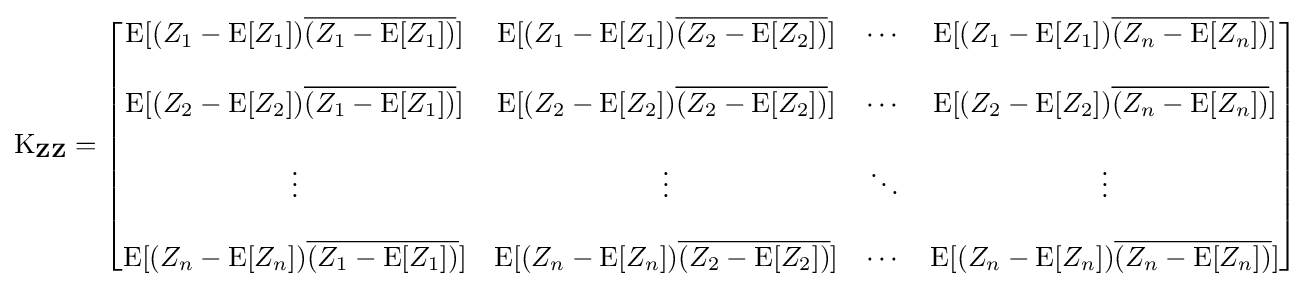
\operatorname {K} _{\mathbf {Z} \mathbf {Z} }={\begin{bmatrix}\mathrm {E} [(Z_{1}-\operatorname {E} [Z_{1}]){\overline {(Z_{1}-\operatorname {E} [Z_{1}])}}]&\mathrm {E} [(Z_{1}-\operatorname {E} [Z_{1}]){\overline {(Z_{2}-\operatorname {E} [Z_{2}])}}]&\cdots &\mathrm {E} [(Z_{1}-\operatorname {E} [Z_{1}]){\overline {(Z_{n}-\operatorname {E} [Z_{n}])}}]\\\\\mathrm {E} [(Z_{2}-\operatorname {E} [Z_{2}]){\overline {(Z_{1}-\operatorname {E} [Z_{1}])}}]&\mathrm {E} [(Z_{2}-\operatorname {E} [Z_{2}]){\overline {(Z_{2}-\operatorname {E} [Z_{2}])}}]&\cdots &\mathrm {E} [(Z_{2}-\operatorname {E} [Z_{2}]){\overline {(Z_{n}-\operatorname {E} [Z_{n}])}}]\\\\\vdots &\vdots &\ddots &\vdots \\\\\mathrm {E} [(Z_{n}-\operatorname {E} [Z_{n}]){\overline {(Z_{1}-\operatorname {E} [Z_{1}])}}]&\mathrm {E} [(Z_{n}-\operatorname {E} [Z_{n}]){\overline {(Z_{2}-\operatorname {E} [Z_{2}])}}]&\cdots &\mathrm {E} [(Z_{n}-\operatorname {E} [Z_{n}]){\overline {(Z_{n}-\operatorname {E} [Z_{n}])}}]\end{bmatrix}}